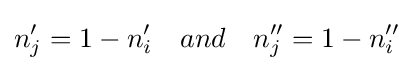
n_{j}'=1-n_{i}'\quad and\quad n_{j}''=1-n_{i}''